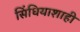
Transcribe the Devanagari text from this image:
सिंधियाशाही